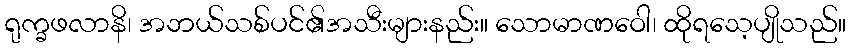
ရုက္ခဖလာနိ၊ အဘယ်သစ်ပင်၏အသီးများနည်း။ သောမာဏဝေါ၊ ထိုရသေ့ပျိုသည်။